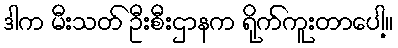
ဒါက မီးသတ် ဦးစီးဌာနက ရိုက်ကူးတာပေါ့။